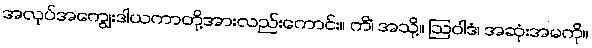
အလုပ်အကျွေးဒါယကာတို့အားလည်းကောင်း။ ကိံ၊ အသို့။ ဩဝါဒံ၊ အဆုံးအမကို။